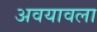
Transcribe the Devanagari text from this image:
अवयावला